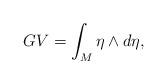
LaTeX: \begin{align*}GV = \int_M \eta \wedge d \eta,\end{align*}